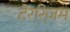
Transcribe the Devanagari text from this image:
टेररिज़म